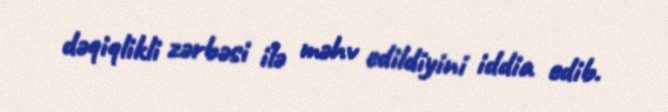
dəqiqlikli zərbəsi ilə məhv edildiyini iddia edib.